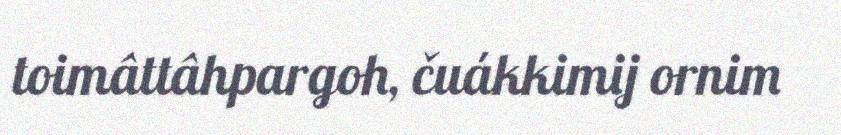
toimâttâhpargoh, čuákkimij ornim